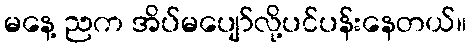
မနေ့ ညက အိပ်မပျော်လို့ပင်ပန်းနေတယ်။